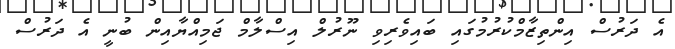
އެ ދަރުސް އިންތިޒާމްކުރުމުގައި ބައިވެރިވި ނޫރުލް އިސްލާމް ޖަމިއްޔާއިން ބުނީ އެ ދަރުސް